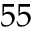
5 5